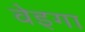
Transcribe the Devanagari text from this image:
वेइगा